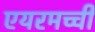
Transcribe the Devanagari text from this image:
एयरमच्ची